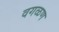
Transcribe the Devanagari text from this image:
वगळण